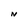
Character: N